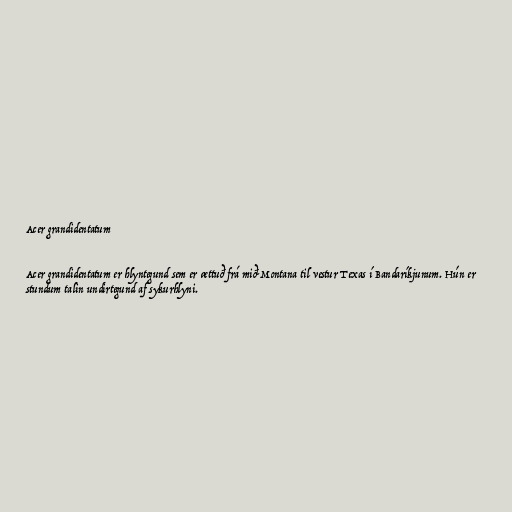
Acer grandidentatum

Acer grandidentatum er hlyntegund sem er ættuð frá mið-Montana til vestur Texas í Bandaríkjunum. Hún er
stundum talin undirtegund af sykurhlyni.